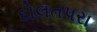
દોલતપરા